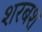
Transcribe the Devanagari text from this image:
शरबश